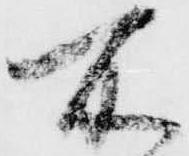
所